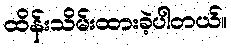
ထိန်းသိမ်းထားခဲ့ပါတယ်။